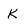
Character: K